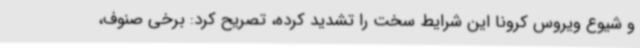
و شیوع ویروس کرونا این شرایط سخت را تشدید کرده، تصریح کرد: برخی صنوف،